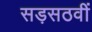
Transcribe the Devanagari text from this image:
सड़सठवीं